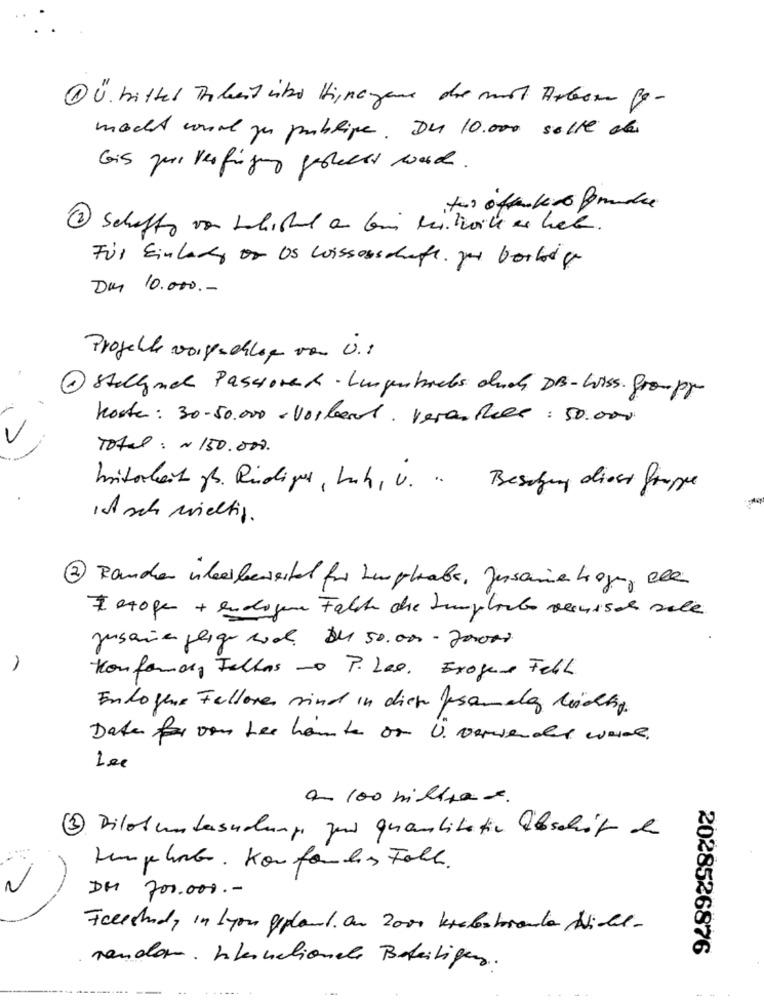
1 Ü. bittel Trabert into tignagane due mot Arbom Be-
macht woord zu publipe . De 10.000 solte des
Gis zur Verfügung gestellt ward.
Schaffe von Whichet a bi hätte as hab.
Für Einlady or Os wissenschaft. zu borbelge
Das 10.000 .-
Projecte vorgeschlag von i ..
Stellend Paschovat - Lungenhacks chuck DB-Wiss. Grouppm
hoste: 30-50.000 - Vorbarot . Veranthele : 50.000
Total : ~ 150.000.
bitorlait pr. Rüdiger , Luh, v. .. Besegung diest Gruppe
it sch wichtig.
2 Randen inbeerbereital fur Linghabe, persone Ligger, ale
Z etogc + endogen Falte che Zemplante vernisch sale
Jusara glige cool De 50.000-20000
Konforma, Felles no P. Les. Exogene Felh.
Endogene Felleres sind in diek frameen wichtig.
Data for von tee haute or U. verwendet ware.
Lee
a 100 milhas.
2 Dilot untersuchung zur quantitativ Übschit e
Humphok . Konforhs Fall.
2
DM 700.000 .-
Facestudy in Lyon geplant. On 2000 krebstrande Nicht-
2028526876
random . Internationale Beteiligen .